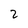
Character: 2